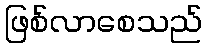
ဖြစ်လာစေသည်